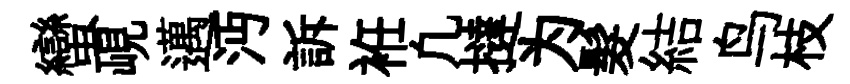
蠻峴邁沔訴袵凢撻为髮結鸟枝